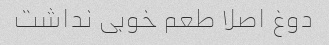
دوغ اصلا طعم خوبی نداشت